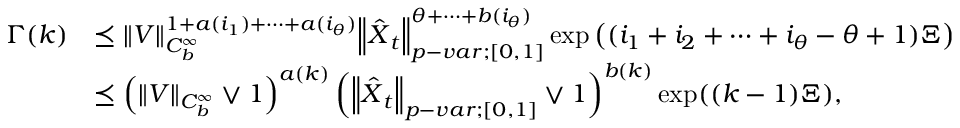
\begin{array} { r l } { \Gamma ( k ) } & { \preceq { \left\lVert { V } \right\rVert } _ { C _ { b } ^ { \infty } } ^ { 1 + a ( i _ { 1 } ) + \cdots + a ( i _ { \theta } ) } { \left\lVert { \boldsymbol { \hat { X } } _ { t } } \right\rVert } _ { p - v a r ; [ 0 , 1 ] } ^ { \theta + \cdots + b ( i _ { \theta } ) } \exp \left( ( i _ { 1 } + i _ { 2 } + \cdots + i _ { \theta } - \theta + 1 ) \Xi \right) } \\ & { \preceq \left( { \left\lVert { V } \right\rVert } _ { C _ { b } ^ { \infty } } \vee 1 \right) ^ { a ( k ) } \left( { \left\lVert { \boldsymbol { \hat { X } } _ { t } } \right\rVert } _ { p - v a r ; [ 0 , 1 ] } \vee 1 \right) ^ { b ( k ) } \exp ( ( k - 1 ) \Xi ) , } \end{array}